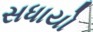
સધાયો